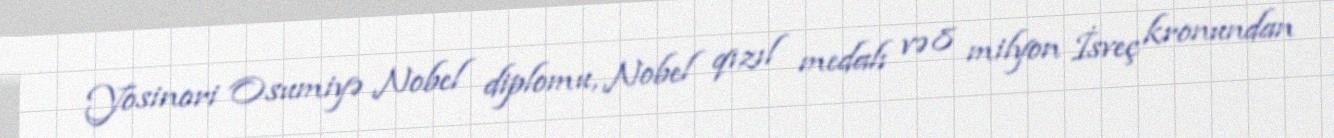
Yosinori Osumiyə Nobel diplomu, Nobel qızıl medalı və 8 milyon İsveç kronundan